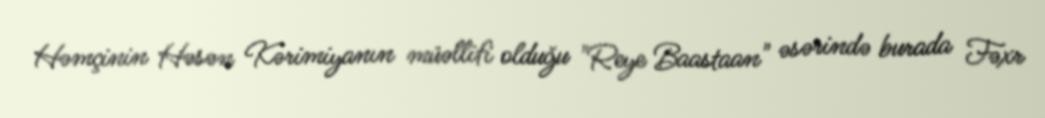
Həmçinin Həsən Kərimiyanın müəllifi olduğu "Reye Baastaan" əsərində burada Fəxr